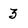
Character: 3